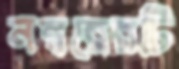
নম্বরেরটি